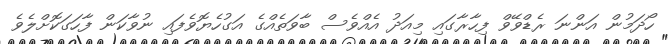
ހޯދަމުން އަންނަ ރެޑްވޭވް ފިހާރާގައި މިއަދު އެއްވެސް ބާވަތެއްގެ އަގުހެޔޮވެފައި ނުވާކަން ފާހަގަކޮށްލެވެ